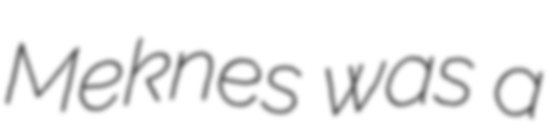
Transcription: Meknes was a